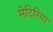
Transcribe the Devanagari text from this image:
मेटिरिया